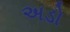
અડો